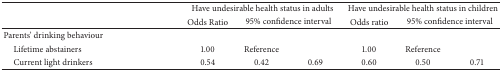
<table><thead><tr><td><b> </b></td><td colspan="3"><b>Have undesirable health status in adults</b></td><td colspan="3"><b>Have undesirable health status in children</b></td></tr><tr><td><b> </b></td><td><b>Odds Ratio</b></td><td colspan="2"><b>95% confidence interval</b></td><td><b>Odds ratio</b></td><td colspan="2"><b>95% confidence interval</b></td></tr></thead><tbody><tr><td>Parents&#x27; drinking behaviour</td><td> </td><td> </td><td> </td><td> </td><td> </td><td> </td></tr><tr><td> Lifetime abstainers</td><td>1.00</td><td>Reference</td><td> </td><td>1.00</td><td>Reference</td><td> </td></tr><tr><td> Current light drinkers</td><td>0.54</td><td>0.42</td><td>0.69</td><td>0.60</td><td>0.50</td><td>0.71</td></tr></tbody></table>